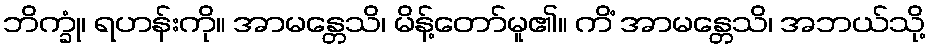
ဘိက္ခုံ၊ ရဟန်းကို။ အာမန္တေသိ၊ မိန့်တော်မူ၏။ ကိံ အာမန္တေသိ၊ အဘယ်သို့